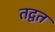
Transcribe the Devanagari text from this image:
तद्वत